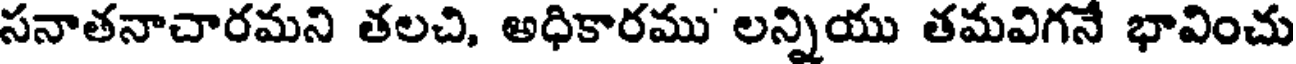
సనాతనాచారమని తలచి, అధికారము లన్నియు తమవిగనే భావించు